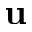
\mathbf { u }